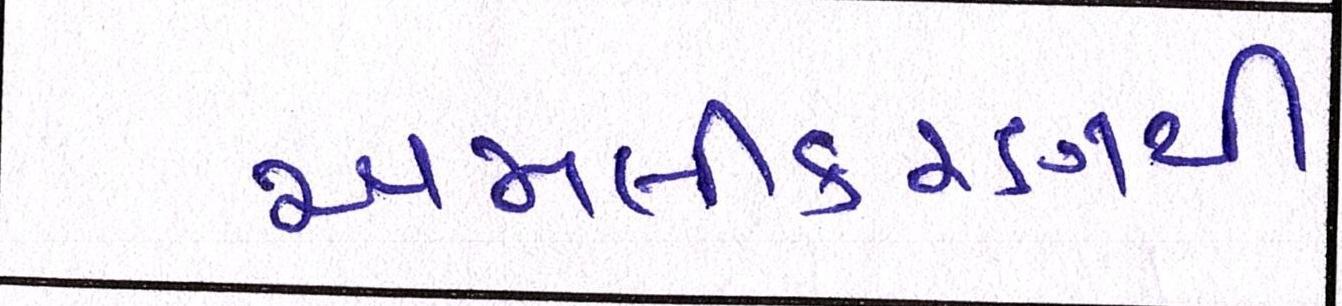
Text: અમલીકરણથી